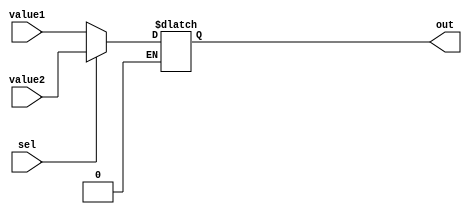
module MUX_2x1(out,value1,value2,sel);
input sel;
input [31:0]value1;
input [31:0]value2;
output [31:0]out; 
reg [31:0]out;



	
always @(sel or value1 or value2 )	
	begin
	if(sel==1'b0)  out=value1;			   
	else if(sel==1'b1) out=value2;
end

endmodule